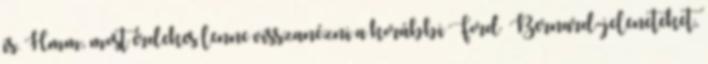
is. Hmm, most érdekes lenne visszanézni a korábbi Ford Bernard-jeleneteket,